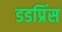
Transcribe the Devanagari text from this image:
डडप्रिंस